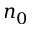
n _ { 0 }